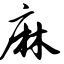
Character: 麻